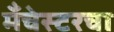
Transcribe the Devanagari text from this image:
मँचेस्टरचा